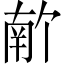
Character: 𫧣